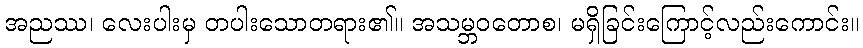
အညဿ၊ လေးပါးမှ တပါးသောတရား၏။ အသမ္ဘဝတောစ၊ မရှိခြင်းကြောင့်လည်းကောင်း။